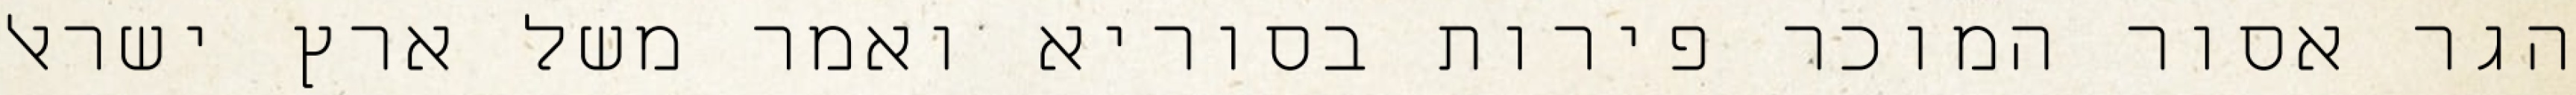
הגר אסור המוכר פירות בסוריא ואמר משל ארץ ישראל